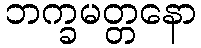
ဘက္ခမတ္တနော